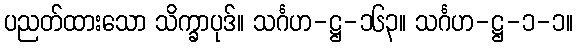
ပညတ်ထားသော သိက္ခာပုဒ်။ သင်္ဂဟ-ဋ္ဌ-၁၆၃။ သင်္ဂဟ-ဋ္ဌ-၁-၁။